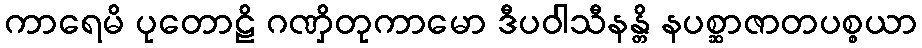
ကာရေမိ ပုတောဠိ ဂဏှိတုကာမော ဒီပဝါသီနန္တိ နပစ္ဆာဇာတပစ္စယာ